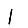
Digit: 1